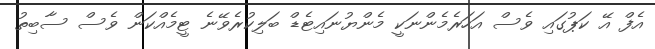
އެފް އޭ ކަޕުގައި ވެސް އަހަރެމެންނަކީ މެންޔުނައިޓެޑް ބަލިކުރެވޭނެ ޓީމެއްކަން ވެސް ސާބިތު